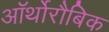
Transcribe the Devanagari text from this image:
ऑर्थोरौबिक